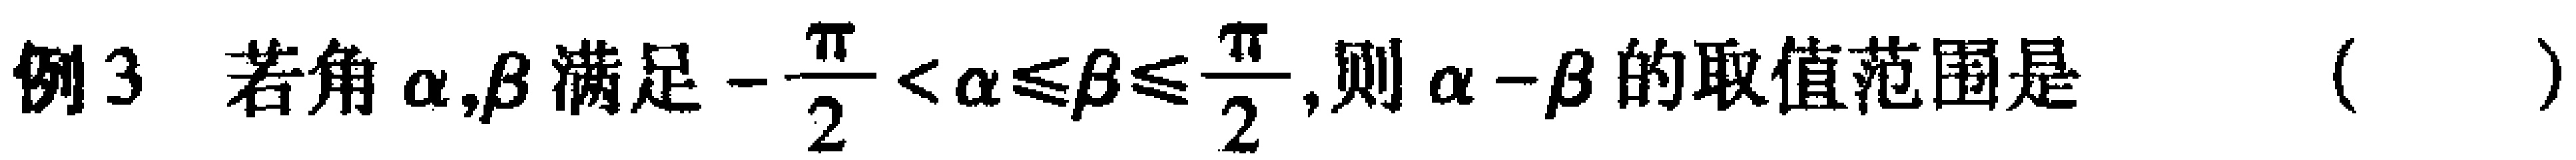
例3 若角\(\alpha,\beta\)满足\(-\frac{\pi}{2}<\alpha\leqslant\beta\leqslant\frac{\pi}{2}\),则\(\alpha - \beta\)的取值范围是（  ）